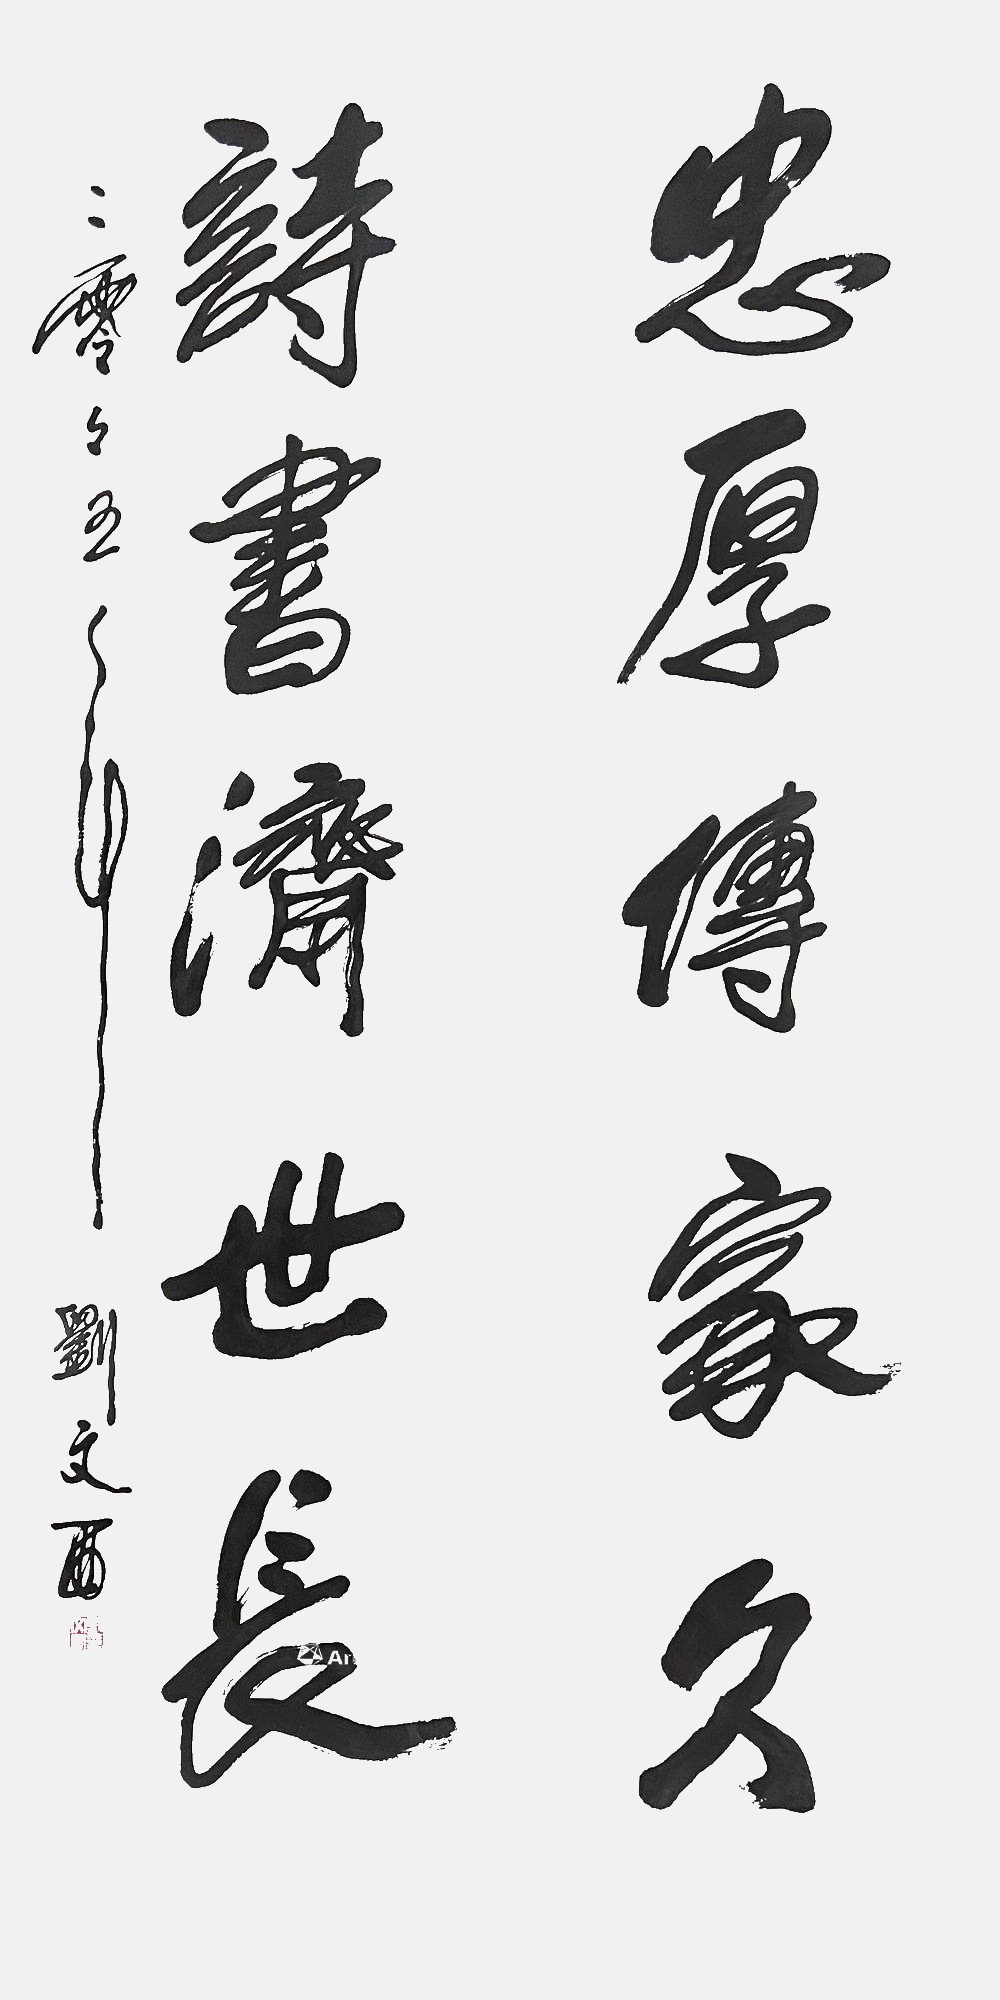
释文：忠厚传家久，诗书济世长二零零五年刘文西